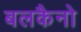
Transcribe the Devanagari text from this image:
बलकैनो